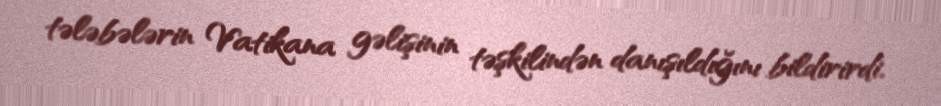
tələbələrin Vatikana gəlişinin təşkilindən danışıldığını bildirirdi.